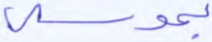
بموسى